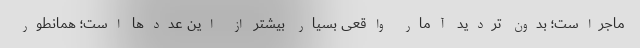
ماجراست؛ بدون تردید آمار واقعی بسیار بیشتر از این عددها است؛ همانطور